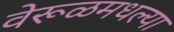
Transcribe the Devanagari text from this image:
वेरूळमधल्या